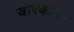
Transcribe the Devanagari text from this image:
चोरकौवा